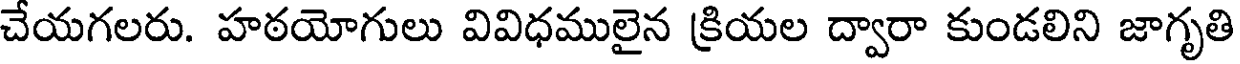
చేయగలరు. హఠయోగులు వివిధములైన క్రియల ద్వారా కుండలిని జాగృతి